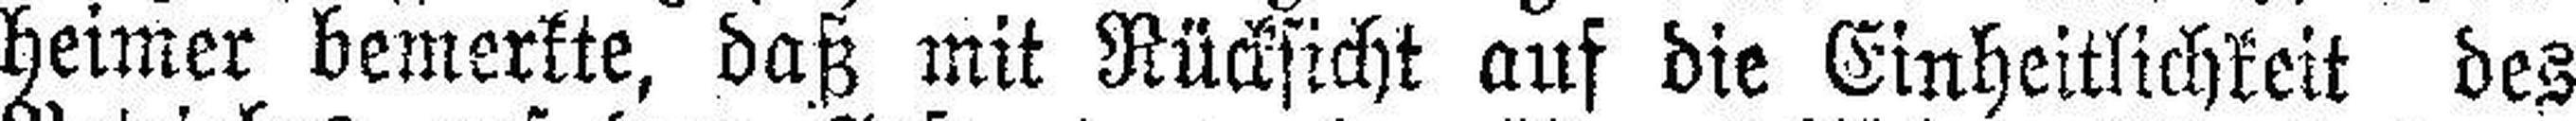
heimer bemerkte, daß mit Rücksicht auf die Einheitlichkeit des